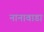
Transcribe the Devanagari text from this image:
नानावाडा